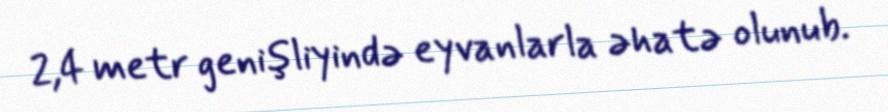
2,4 metr genişliyində eyvanlarla əhatə olunub.